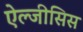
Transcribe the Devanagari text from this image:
ऐल्जीसिस